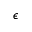
\epsilon